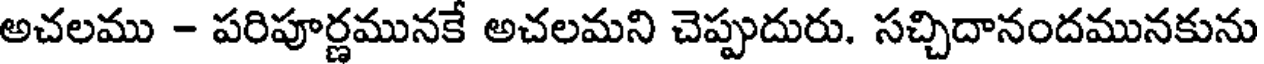
అచలము - పరిపూర్ణమునకే అచలమని చెప్పుదురు. సచ్చిదానందమునకును